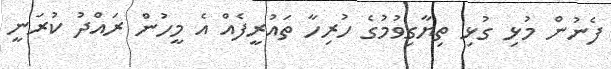
ފެނުން މުޅި ގުޅި ތިޔާގިވުމުގެ ހުރިހާ ތައުރީފެއް އެ މީހުން ރައްދު ކުރަނީ